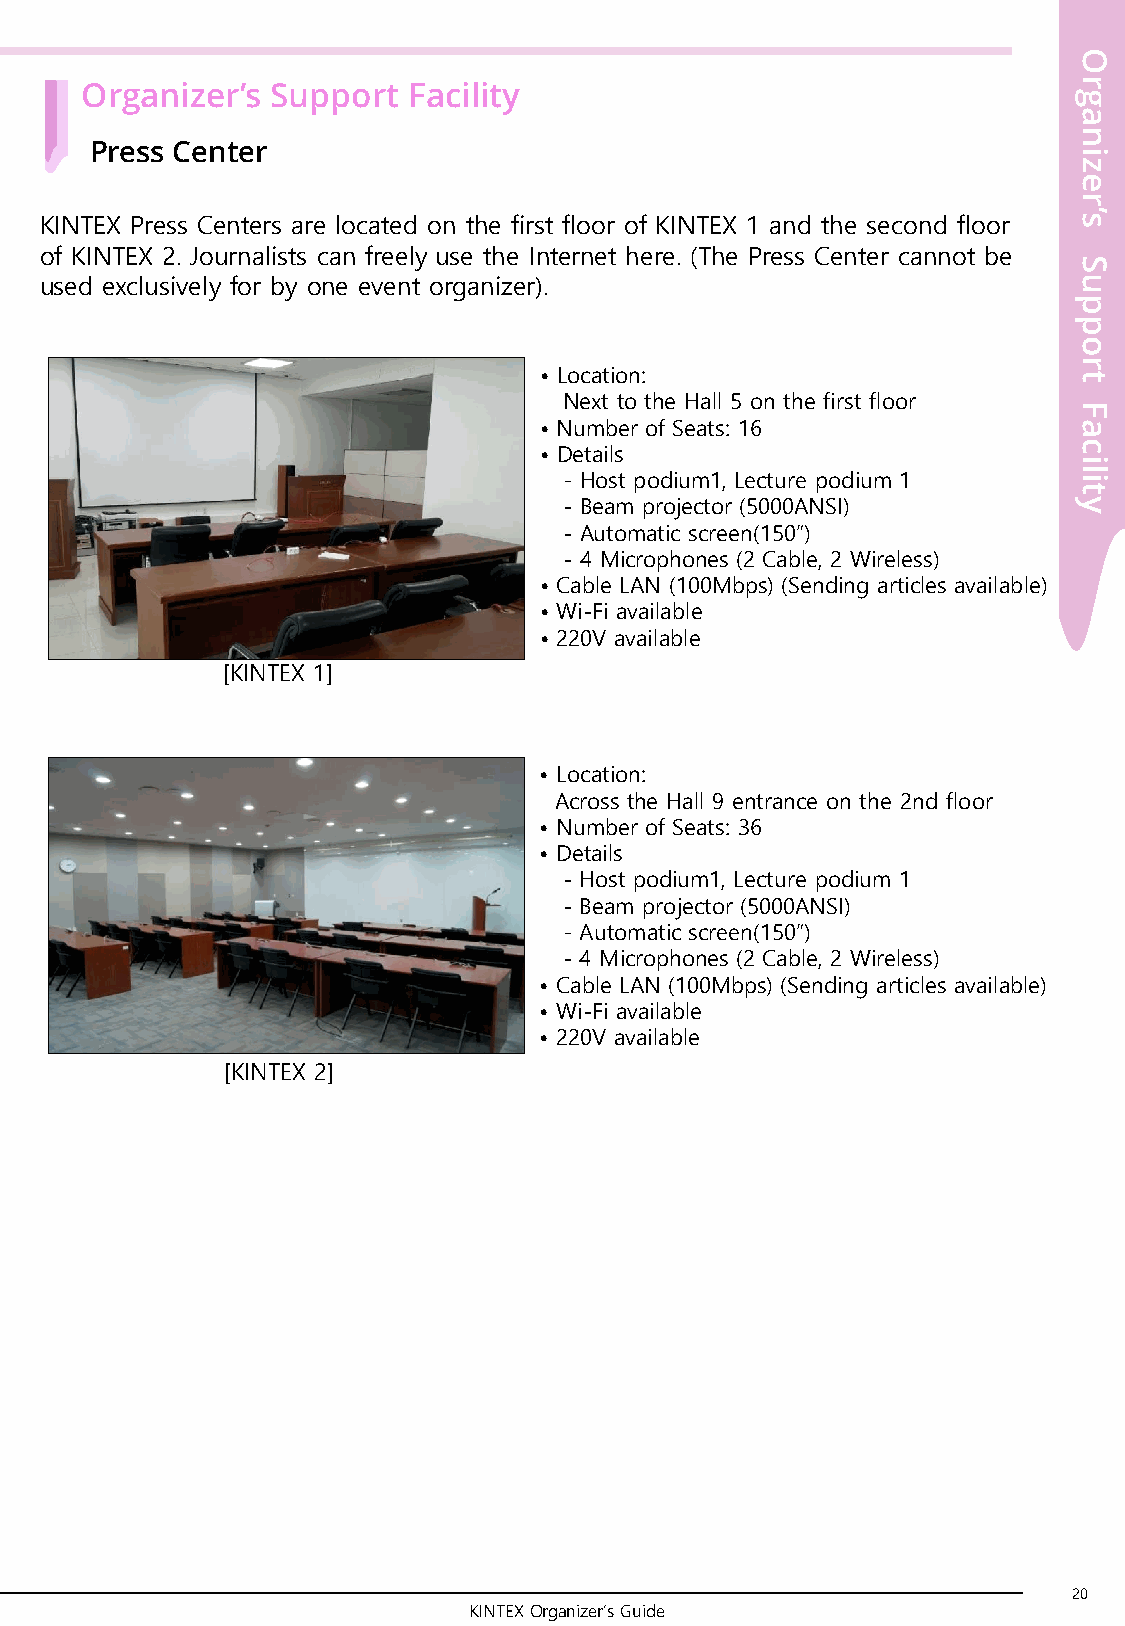
O
 r
 Organizer’s  Support  Facility
 g
 a
 n
 Press Center
 i
 z
 e
 r
 KINTEX Press Centers are located on the first floor of KINTEX 1 and the second floor
 s’
 of KINTEX 2. Journalists can freely use the Internet here. (The Press Center cannot be
 S
 used exclusively for by one event organizer).                       u
 p
 p
 o
 r
 • Location:                        t
 Next to the Hall 5 on the first floor
 F
 • Number of Seats: 16              a
 • Details                          c
 i
 l
 - Host podium1, Lecture podium 1  i
 t
 - Beam projector (5000ANSI)       y
 - Automatic screen(150”)
 - 4 Microphones (2 Cable, 2 Wireless)
 • Cable LAN (100Mbps) (Sending articles available)
 • Wi-Fi available
 • 220V available
 [KINTEX 1]
 • Location:
 Across the Hall 9 entrance on the 2nd floor
 • Number of Seats: 36
 • Details
 - Host podium1, Lecture podium 1
 - Beam projector (5000ANSI)
 - Automatic screen(150”)
 - 4 Microphones (2 Cable, 2 Wireless)
 • Cable LAN (100Mbps) (Sending articles available)
 • Wi-Fi available
 • 220V available
 [KINTEX 2]
 20
 KINTEX Organizer’s Guide